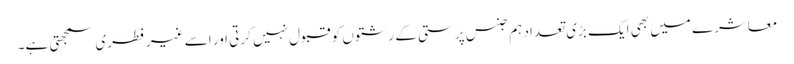
معاشرے میں بھی ایک بڑی تعداد ہم جنس پرستی کے رشتوں کو قبول نہیں کرتی اور اسے غیر فطری سمجھتی ہے۔